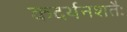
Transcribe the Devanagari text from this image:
कदर्थनशतैः